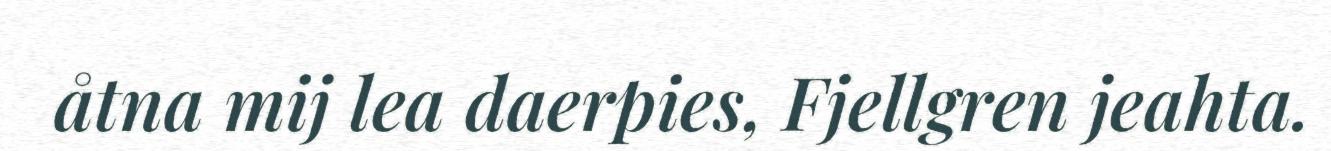
åtna mij lea daerpies, Fjellgren jeahta.